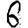
Digit: 6